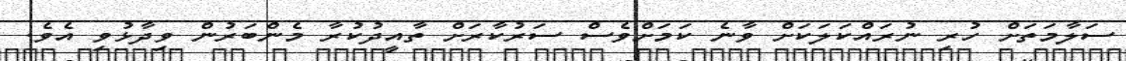
ސަލާމަތަށް ހުރި ނުރައްކަލަކަށް ވާނެ ކަމަށްވެސް ސަރުކާރަށް ތާއީދުކުރާ މެންބަރުން ވިދާޅުވި އެވެ.